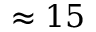
\approx 1 5